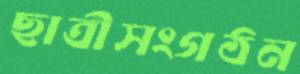
ছাত্রীসংগঠন